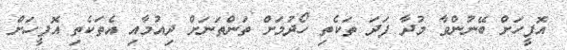
އޮފީހަށް ބޭނުންވާ މުދާ ފަދަ ތަކެތި ހޯދުމަށް ތަންތަނަށް ދިއުމާއި އެތަކެތި އޮފީހަށް